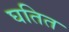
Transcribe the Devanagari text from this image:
घतित